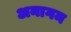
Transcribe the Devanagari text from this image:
अनागम